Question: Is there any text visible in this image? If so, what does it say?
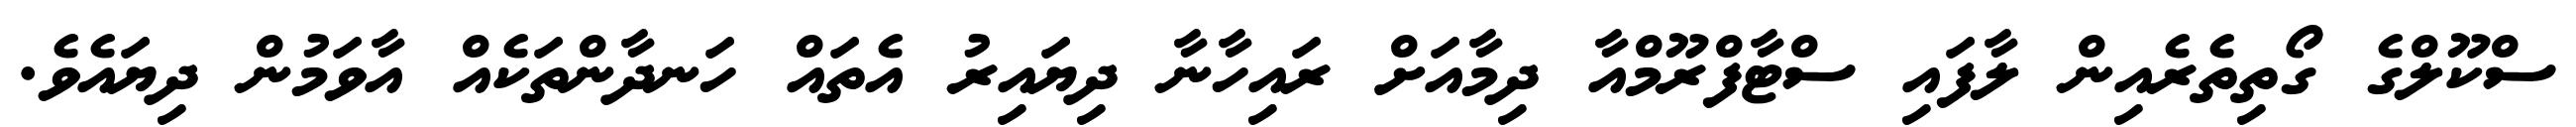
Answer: ސްކޫލްގެ ގޯތިތެރެއިން ލާފައި ސްޓާފްރޫމްއާ ދިމާއަށް ރައިހާނާ ދިޔައިރު އެތައް ހަނދާންތަކެއް އާވަމުން ދިޔައެވެ.